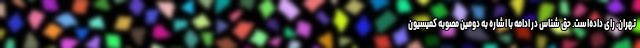
تهران، رای داده‌است. حق شناس در ادامه با اشاره به دومین مصوبه کمیسیون